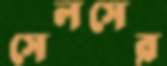
সেলসের